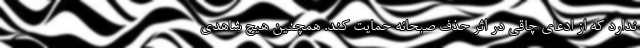
ندارد که از ادعای چاقی در اثر حذف صبحانه حمایت کند. همچنین هیچ شاهدی